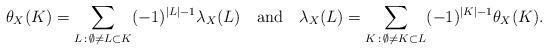
LaTeX: \begin{align*}\theta_X(K) = \sum_{L\, :\, \emptyset\not=L\subset K}(-1)^{|L|-1}\lambda_X(L)\ \ \mbox{ and }\ \ \lambda_X(L) = \sum_{K\, :\, \emptyset \not=K\subset L} (-1)^{|K|-1} \theta_X(K). \end{align*}